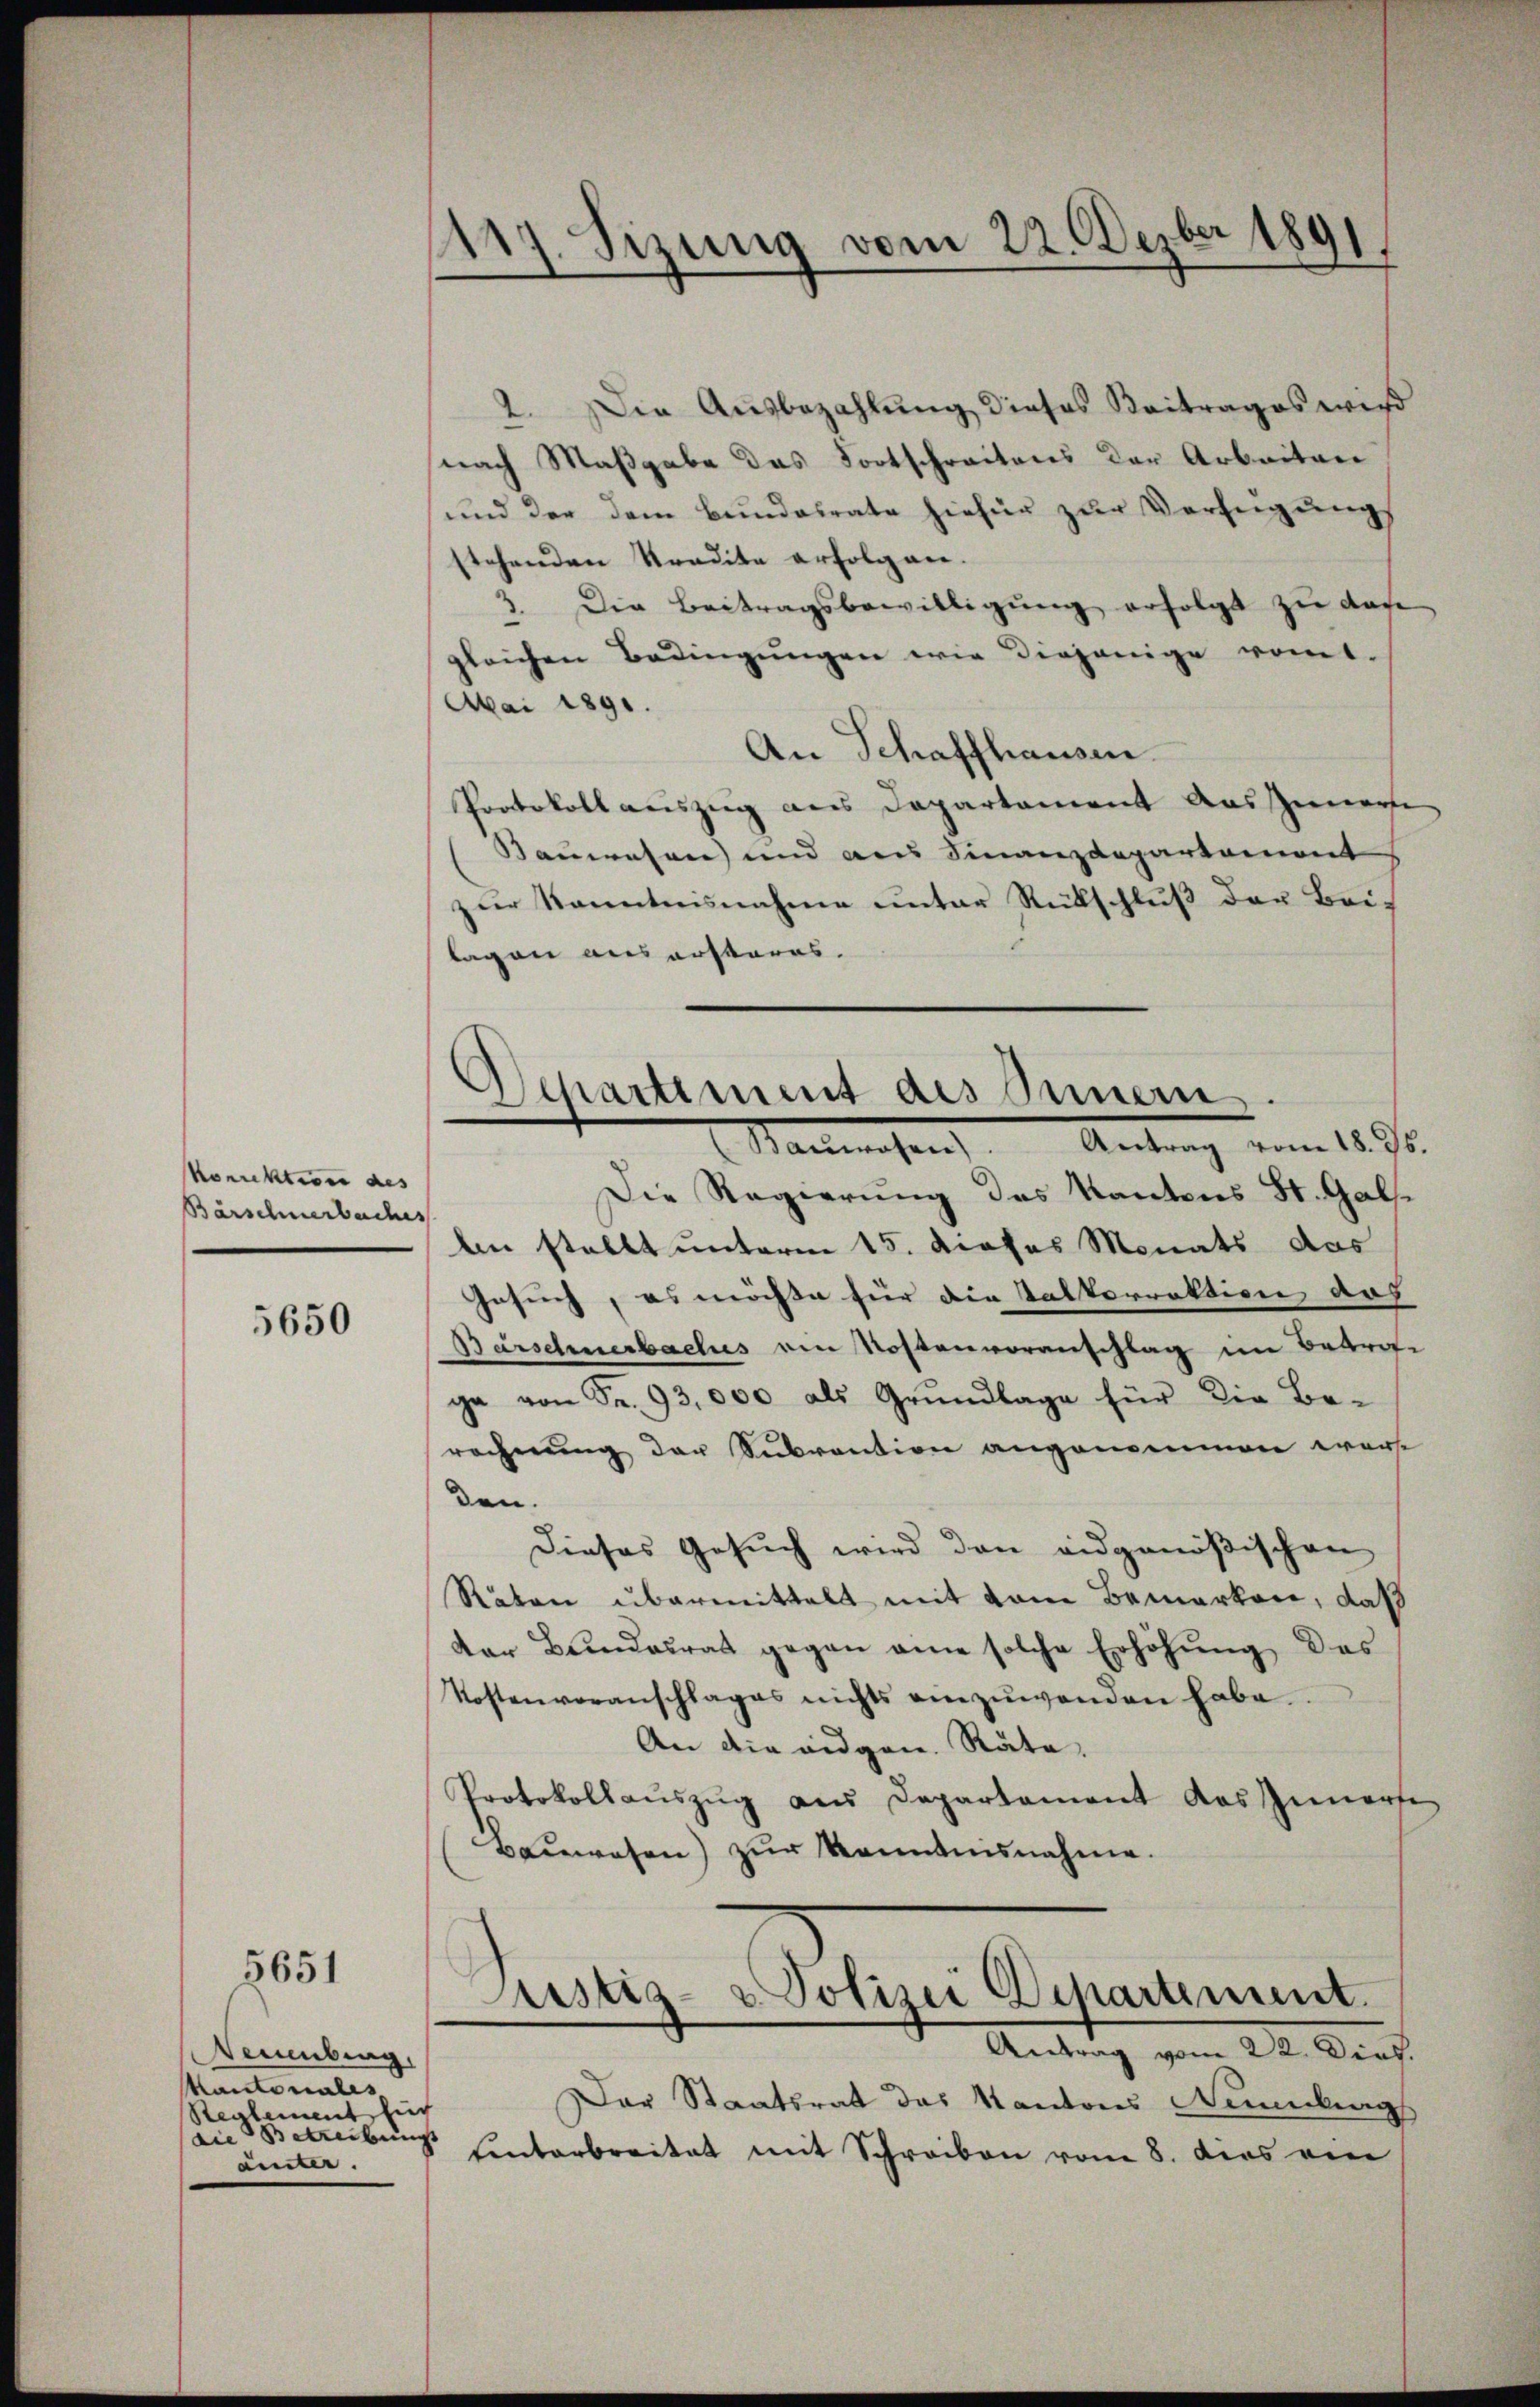
korektion des
Bärschnerbaches

5650

5651

Derübung.
Kantonales,
Re lement für
an Betreibungs
äuter

117. Sizung vom 22. Dezbr 189
.

Departement des Sinnern.
Naneten Antrag vom 18. d.
Die Regierung des Kantons St. Gals¬

2. Die Ausbezahlung dieses Beitrages wir
nach Maßgabe das Fortschreitens der Arbeiten
und der dem Bundalrate hiefür zur Verfügungs
stehenden Stradite erfolgen.
3. Die Beitragsbewilligung erfolgt zu das
gleichen Bedingungen wie diejenige romt.
Mai 1891.
An Schaffhausen.
Protokoll auszug aus Departement Aussierse
Bauwesen und aus Finanzdepartement
zur Kenntnisnahme unter Rückschluß der Beilagen aus ersteres.
len stellt unterm 15. dieses Monats das
Gesuch, es möchte für die Kalkorrektion das
Barschnerbaches von Kostenvoranschlag in Betraga von Fr. 93,000 als Grundlage für die Be-
rechnung der Subvention angenommen worden.
Dieses Gesuch wird den eidgenößischen
Räten übermittelt mit vom Bemerken, daß
kar Bŭndesrat gegen eine solche Erhöhŭng des
Kostenvoranschlages nichts einzuwenden habe.
An die eidgen. Räte,
Protokollaŭszŭg aŭs Departament das Innerte
Baŭwesen) zŭr Kenntnisnahme.
Justiz- & Polizei Departement.
Antrag vom 22. Dies.
Der Staatsrat das Kantons Nennungs
einterbreitet mit Schreiben vom 8. dies von